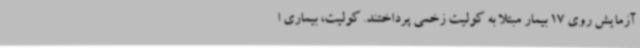
آزمایش روی 17 بیمار مبتلا به کولیت زخمی پرداختند. کولیت، بیماری ا